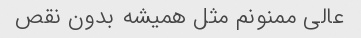
عالی ممنونم مثل همیشه بدون نقص